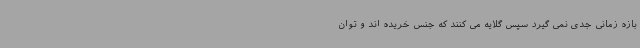
بازه زمانی جدی نمی گیرد سپس گلایه می کنند که جنس خریده اند و توان